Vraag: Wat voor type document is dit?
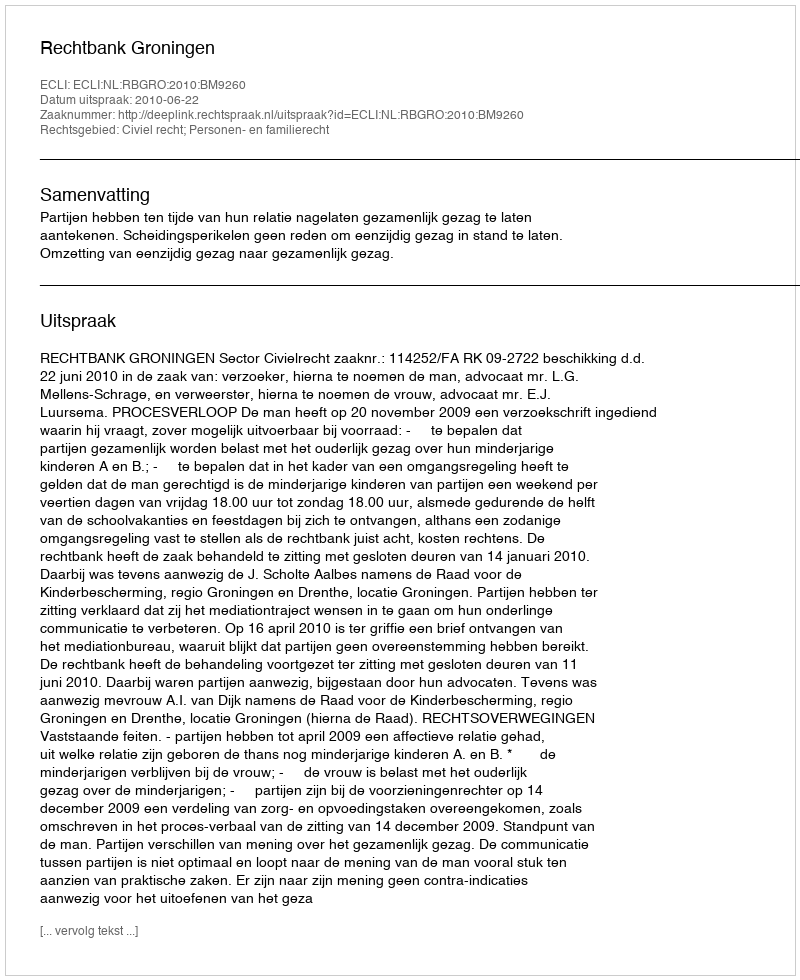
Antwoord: Uitspraak